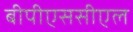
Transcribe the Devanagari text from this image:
बीपीएससीएल